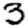
Digit: 3